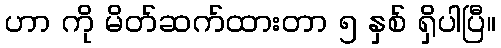
ဟာ ကို မိတ်ဆက်ထားတာ ၅ နှစ် ရှိပါပြီ။